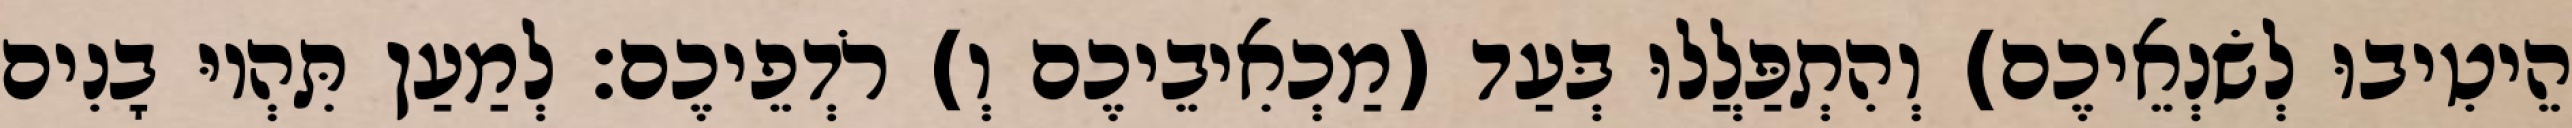
הֵיטִיבוּ לְשׂנְאֵיכֶם) וְהִתְפַּלֲלוּ בְּעַד (מַכְאִיבֵיכֶם וְ) רֹדְפֵיכֶם׃ לְמַעַן תִּהְיוּ בָנִים